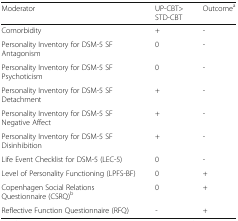
| Moderator | UP-CBT>STD-CBT | Outcomea |
 | --- | --- | --- |
 | Comorbidity | + | - |
 | Personality Inventory for DSM-5 SF Antagonism | 0 | - |
 | Personality Inventory for DSM-5 SF Psychoticism | 0 | - |
 | Personality Inventory for DSM-5 SF Detachment | + | - |
 | Personality Inventory for DSM-5 SF Negative Affect | + | - |
 | Personality Inventory for DSM-5 SF Disinhibition | + | - |
 | Life Event Checklist for DSM-5 (LEC-5) | 0 | - |
 | Level of Personality Functioning (LPFS-BF) | 0 | + |
 | Copenhagen Social Relations Questionnaire (CSRQ)b | 0 | + |
 | Reflective Function Questionnaire (RFQ) | - | + |